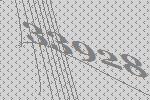
33928